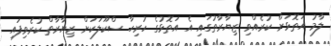
ލާމު އަތޮޅަށް ކުރެއްވި ޒިޔާރާތުގައި އެ އަތޮޅުގެ ހުރިހާ ސްކޫލަކަށް ޒިޔާރާތް ކުރެވިފައި